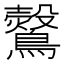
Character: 𪇂